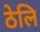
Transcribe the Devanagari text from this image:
ठेलि